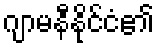
ဂျာမနီနိုင်ငံ၏